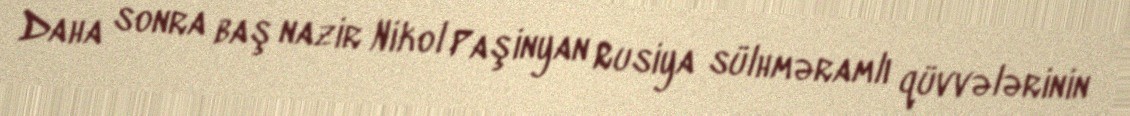
Daha sonra baş nazir Nikol Paşinyan Rusiya sülhməramlı qüvvələrinin